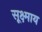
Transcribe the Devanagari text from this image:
सूक्ष्माय